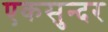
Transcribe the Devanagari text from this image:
एकसुन्दर